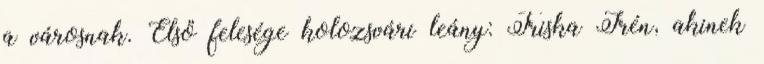
a városnak. Első felesége kolozsvári leány: Triska Irén, akinek